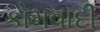
કોમવાદી